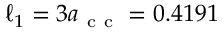
\ell _ { 1 } = 3 a _ { \mathrm { ~ c ~ c ~ } } = 0 . 4 1 9 1